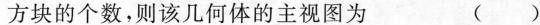
方块的个数，则该几何体的主视图为 ()